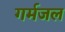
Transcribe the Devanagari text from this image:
गर्मजल